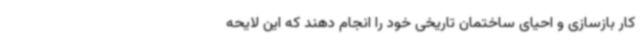
کار بازسازی و احیای ساختمان تاریخی خود را انجام دهند که این لایحه